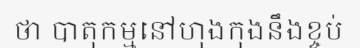
ថា បាតុកម្មនៅហុងកុងនឹងខ្ចប់